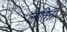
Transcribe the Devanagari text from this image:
लातिना